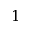
1